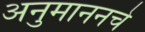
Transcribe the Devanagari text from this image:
अनुमाननचे